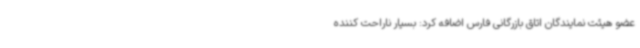
عضو هیئت نمایندگان اتاق بازرگانی فارس اضافه کرد: بسیار ناراحت کننده